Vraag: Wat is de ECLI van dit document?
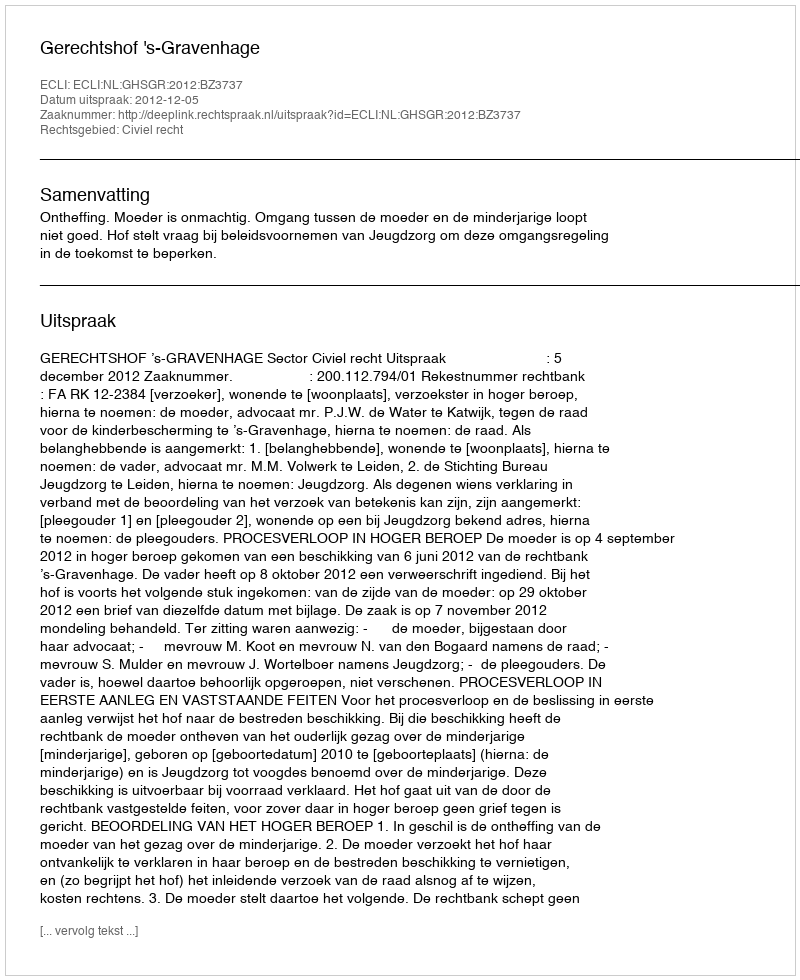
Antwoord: ECLI:NL:GHSGR:2012:BZ3737